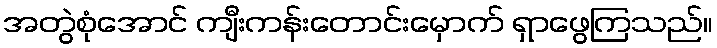
အတွဲစုံအောင် ကျီးကန်းတောင်းမှောက် ရှာဖွေကြသည်။